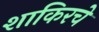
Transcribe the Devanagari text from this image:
शाकिरचे